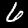
Digit: 6